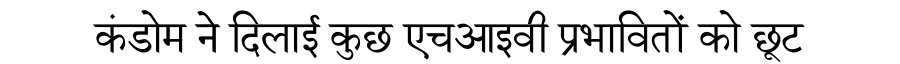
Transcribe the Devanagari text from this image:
कंडोम ने दिलाई कुछ एचआइवी प्रभावितों को छूट